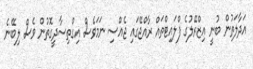
އަދާލަތުން ބުނީ އިޒްރޭލުގެ ފްލައިޓްތައް ރާއްޖޭގައި ޖެއްސި ނަމަވެސް އިގްތިސާދީގޮތުން ވެސް ލިބޭނެ